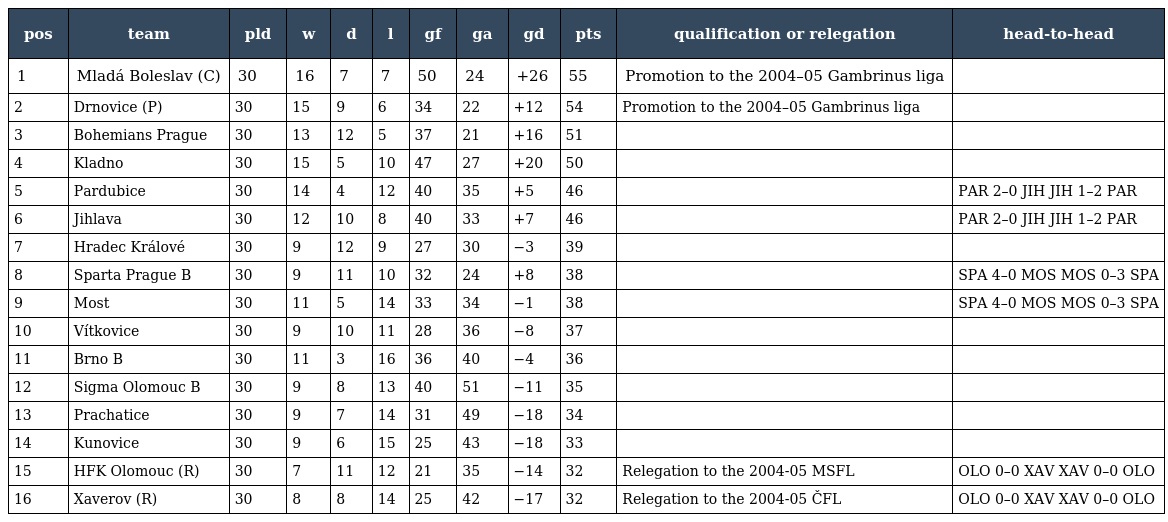
| pos | team | pld | w | d | l | gf | ga | gd | pts | qualification or relegation | head-to-head |
 | --- | --- | --- | --- | --- | --- | --- | --- | --- | --- | --- | --- |
 | 1 | Mladá Boleslav (C) | 30 | 16 | 7 | 7 | 50 | 24 | +26 | 55 | Promotion to the 2004–05 Gambrinus liga |  |
 | 2 | Drnovice (P) | 30 | 15 | 9 | 6 | 34 | 22 | +12 | 54 | Promotion to the 2004–05 Gambrinus liga |  |
 | 3 | Bohemians Prague | 30 | 13 | 12 | 5 | 37 | 21 | +16 | 51 |  |  |
 | 4 | Kladno | 30 | 15 | 5 | 10 | 47 | 27 | +20 | 50 |  |  |
 | 5 | Pardubice | 30 | 14 | 4 | 12 | 40 | 35 | +5 | 46 |  | PAR 2–0 JIH JIH 1–2 PAR |
 | 6 | Jihlava | 30 | 12 | 10 | 8 | 40 | 33 | +7 | 46 |  | PAR 2–0 JIH JIH 1–2 PAR |
 | 7 | Hradec Králové | 30 | 9 | 12 | 9 | 27 | 30 | −3 | 39 |  |  |
 | 8 | Sparta Prague B | 30 | 9 | 11 | 10 | 32 | 24 | +8 | 38 |  | SPA 4–0 MOS MOS 0–3 SPA |
 | 9 | Most | 30 | 11 | 5 | 14 | 33 | 34 | −1 | 38 |  | SPA 4–0 MOS MOS 0–3 SPA |
 | 10 | Vítkovice | 30 | 9 | 10 | 11 | 28 | 36 | −8 | 37 |  |  |
 | 11 | Brno B | 30 | 11 | 3 | 16 | 36 | 40 | −4 | 36 |  |  |
 | 12 | Sigma Olomouc B | 30 | 9 | 8 | 13 | 40 | 51 | −11 | 35 |  |  |
 | 13 | Prachatice | 30 | 9 | 7 | 14 | 31 | 49 | −18 | 34 |  |  |
 | 14 | Kunovice | 30 | 9 | 6 | 15 | 25 | 43 | −18 | 33 |  |  |
 | 15 | HFK Olomouc (R) | 30 | 7 | 11 | 12 | 21 | 35 | −14 | 32 | Relegation to the 2004-05 MSFL | OLO 0–0 XAV XAV 0–0 OLO |
 | 16 | Xaverov (R) | 30 | 8 | 8 | 14 | 25 | 42 | −17 | 32 | Relegation to the 2004-05 ČFL | OLO 0–0 XAV XAV 0–0 OLO |